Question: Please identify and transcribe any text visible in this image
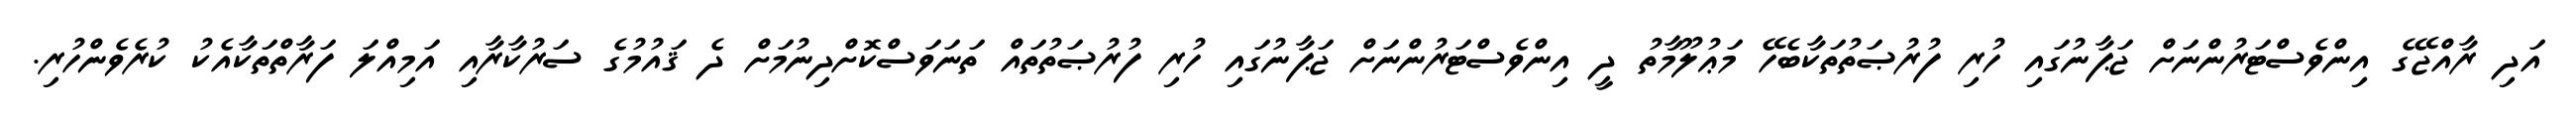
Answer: އަދި ރާއްޖޭގެ އިންވެސްޓަރުންނަށް ޖަޕާނުގައި ހުރި ފުރުޞަތުތަކާބެހޭ މަޢުލޫމާތު ދީ އިންވެސްޓަރުންނަށް ޖަޕާނުގައި ހުރި ފުރުޞަތުތައް ތަނަވަސްކޮށްދިނުމަށް ދެ ޤައުމުގެ ސަރުކާރާއި އަމިއްލަ ފަރާތްތަކާއެކު ކުރެވެންހުރި.